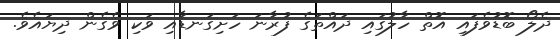
ދެލޯ ބޮޑުވެފައި އޮތް ހާލުގައި ދައްތަގެ ފުރާނަ ހަށިގަނޑާއި ވަކި ވެގެން ދިޔައެވެ.